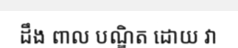
ដឹង ពាល បណ្ឌិត ដោយ វា